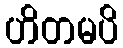
ဟိတမပိ